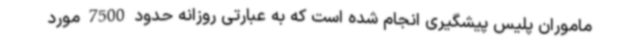
ماموران پلیس پیشگیری انجام شده است که به عبارتی روزانه حدود 7500 مورد